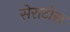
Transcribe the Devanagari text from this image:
सेराटोस